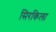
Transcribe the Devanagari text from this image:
सिरकिला